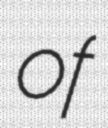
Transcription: of